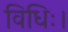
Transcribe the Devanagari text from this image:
विधिः।